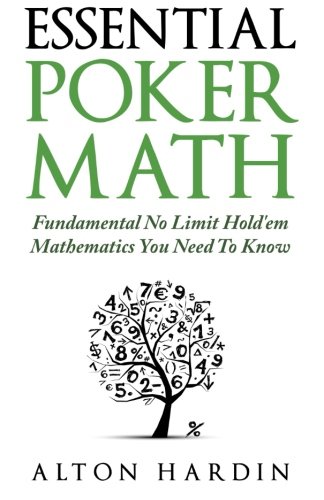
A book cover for Essential Poker Math: Fundamental No Limit Hold'em Mathematics You Need To Know; Alton Hardin; Humor & Entertainment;